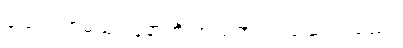
သေတော့မည့် လူနာကို အသက် ကယ်ဆယ်သည်။